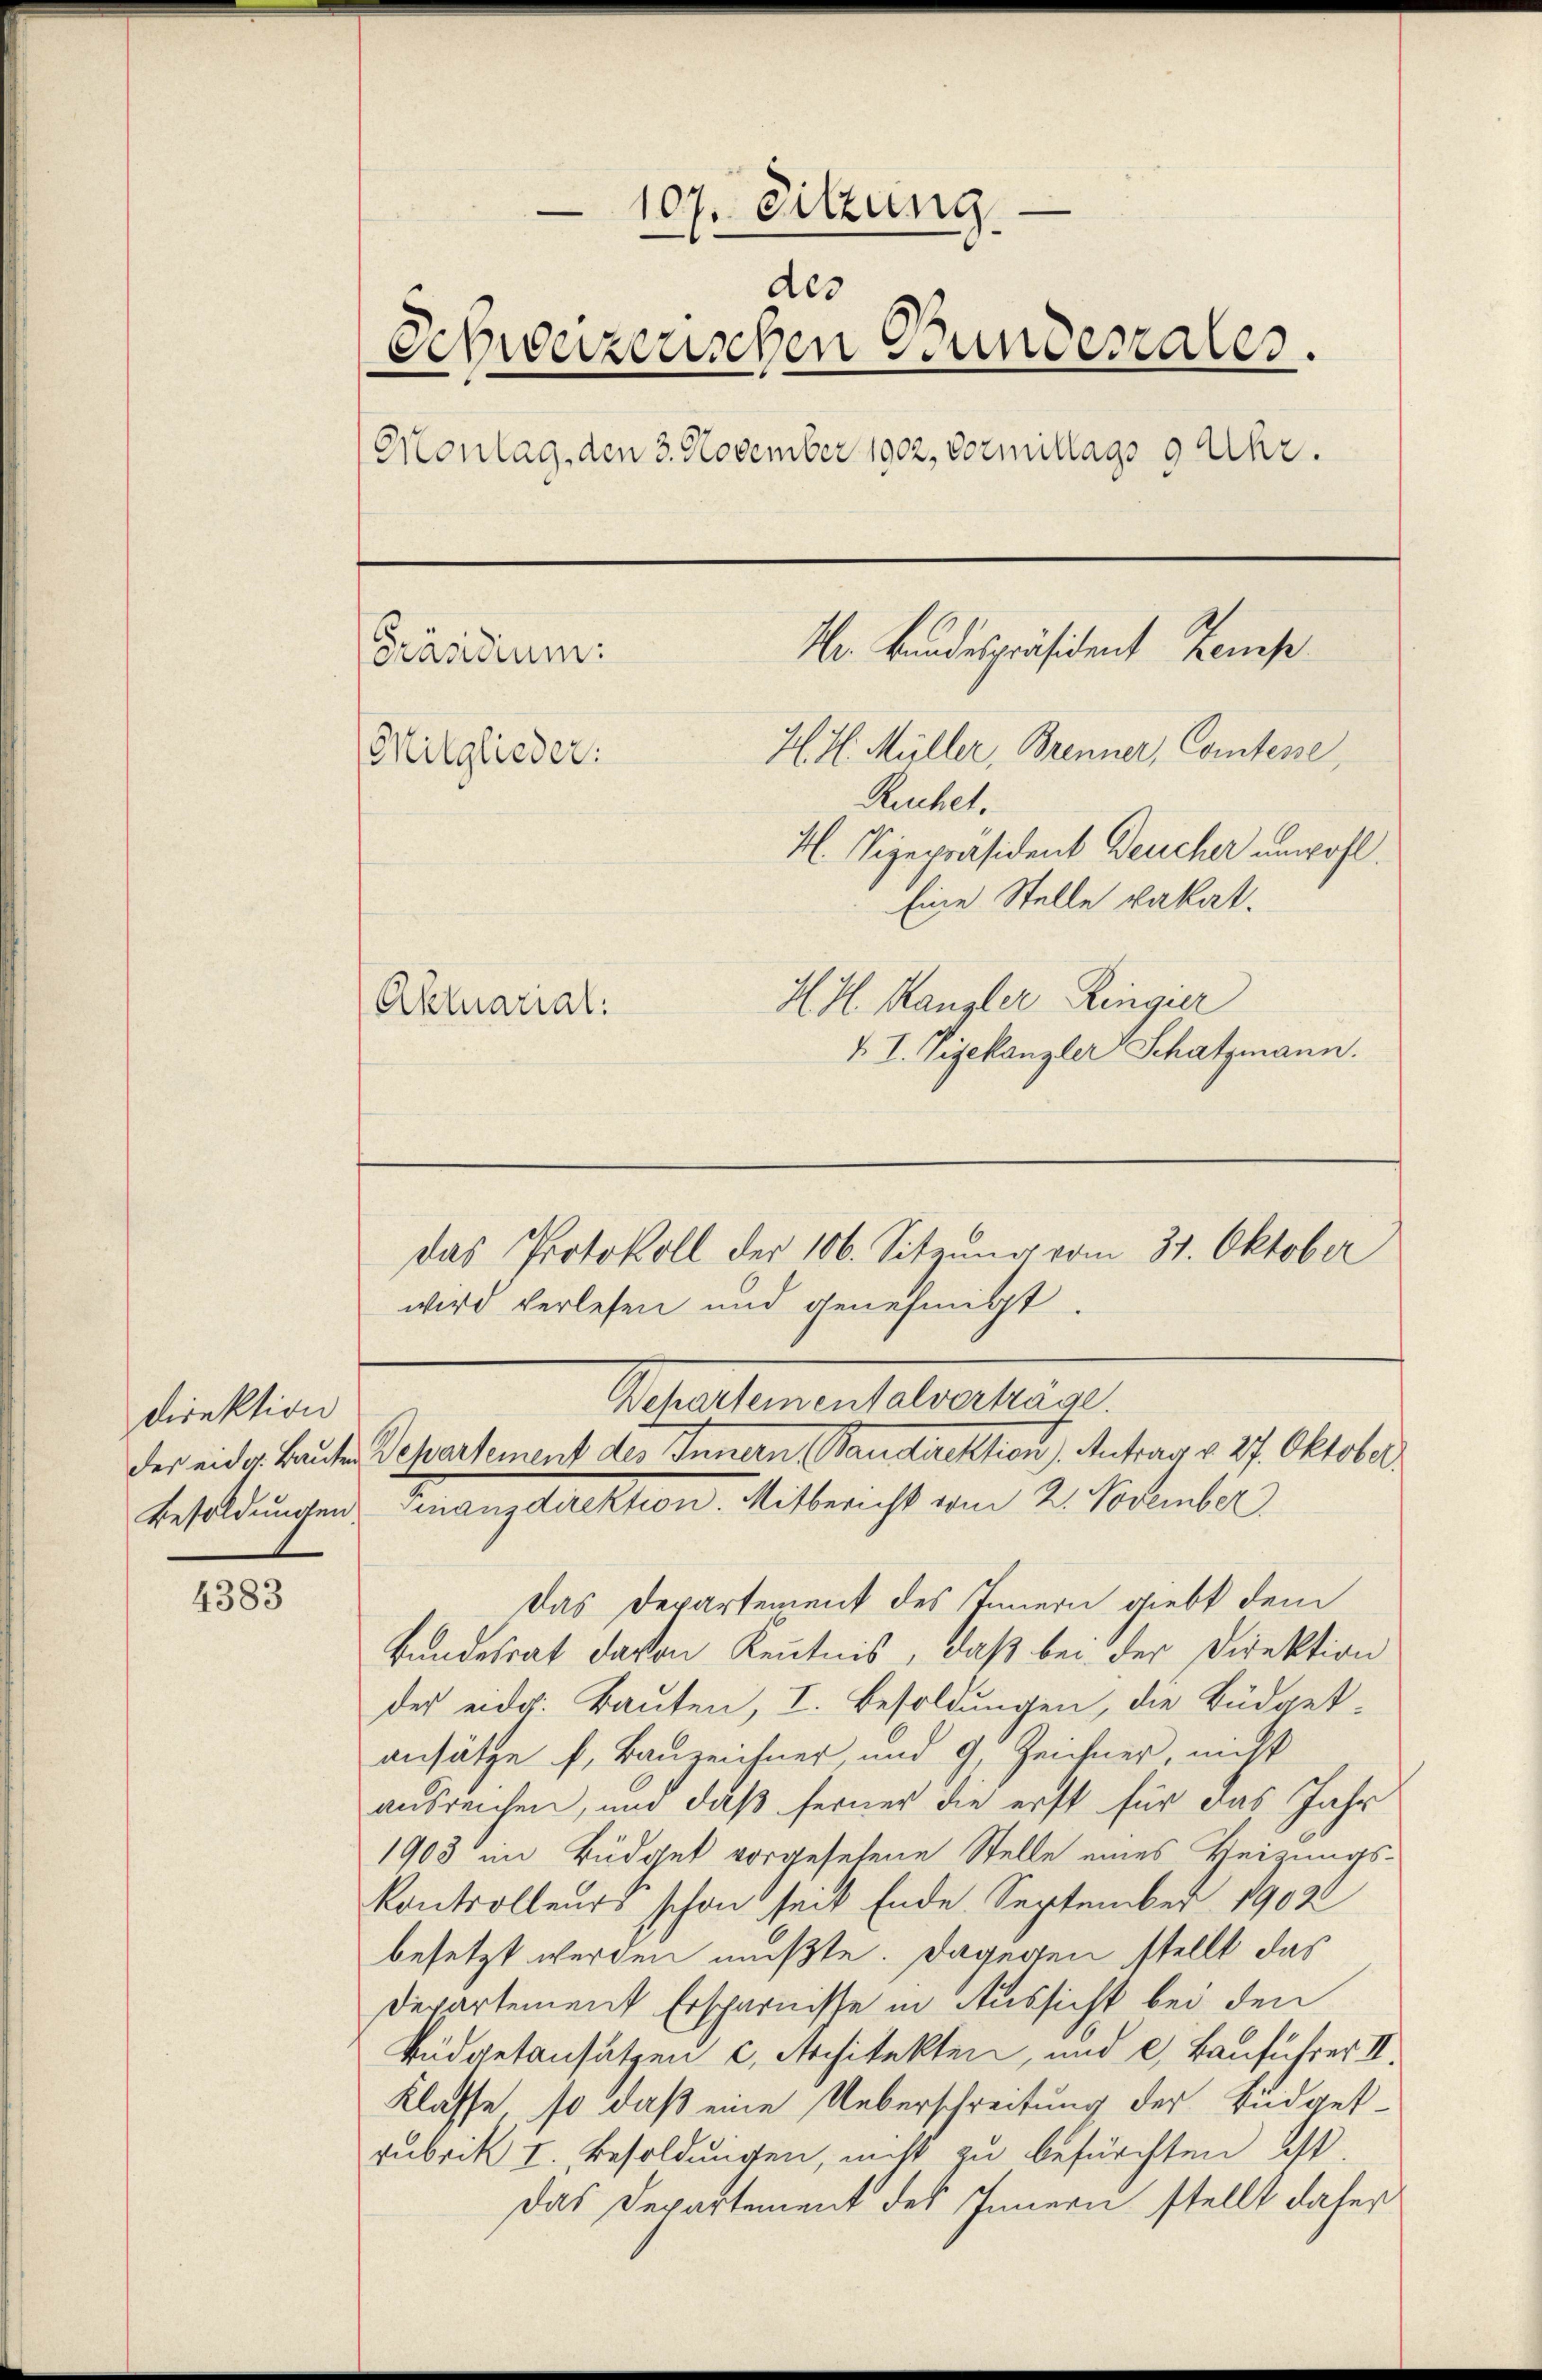
Direktion

4383

107. Sitzung
des
Schweizerischen Bunderales.
Montag, den 3. November 1902, Vormittags 9 Uhr.
Mr Bundespräsident temp
Präsidium:
H. H. Müller, Brenner, Comtene,
Mitglieder:
Ruchet,
H. Vizepräsident Deucher unwohl.
Eine Stelle vakat.
H. H. Kanzler Ringier
Aktuarial.
V. I. Zigekanzler Schatzmann.

Aerartementelaltern.
Besoldungen, Finanzdirektion. Mitbericht vom 2. November
Das Departement des Innern giebt dem
Bundesrat davon Kenntnis, daß bei der Direktion
der eidg. Bauten, I. Besoldungen, die Büdgetansätze f. Bauzeichner, und 9, Zeichner, nicht
ausreichen, und daß ferner die erst für das Jahr
1903 im Büdget vorgesehene Stelle eines Heizungs-
Kontrolleurs schon seit Ende. September 1902
besetzt werden mußte. Dagegen stellt das
Departement Ersparnisse in Aussicht bei den
Rüdgetansätzen c. Architekten, und c) Bauführer II.
Klasse, so daß eine Ueberschreitung der Budgetrubrik I. Besoldungen, nicht zu befürchten ist.
Das Departement des Innern stellt daher

der eidg. Bauten Departement des Innern, Baudirektion). Antrag v. 27. Oktober

Das Protokoll der 106. Sitzung vom 31. Oktober
wird verlesen und genehmigt.